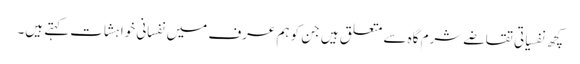
کچھ نفسیاتی تقاضے شرم گاہ سے متعلق ہیں جن کو ہم عرف میں نفسانی خواہشات کہتے ہیں۔